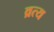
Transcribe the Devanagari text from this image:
व्रत्य